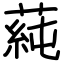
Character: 蒓